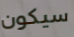
سيكون